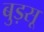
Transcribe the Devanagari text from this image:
बुड़सू